Vaccination in the Punjab 1905-1918 - 1905-1918
Year: 1905
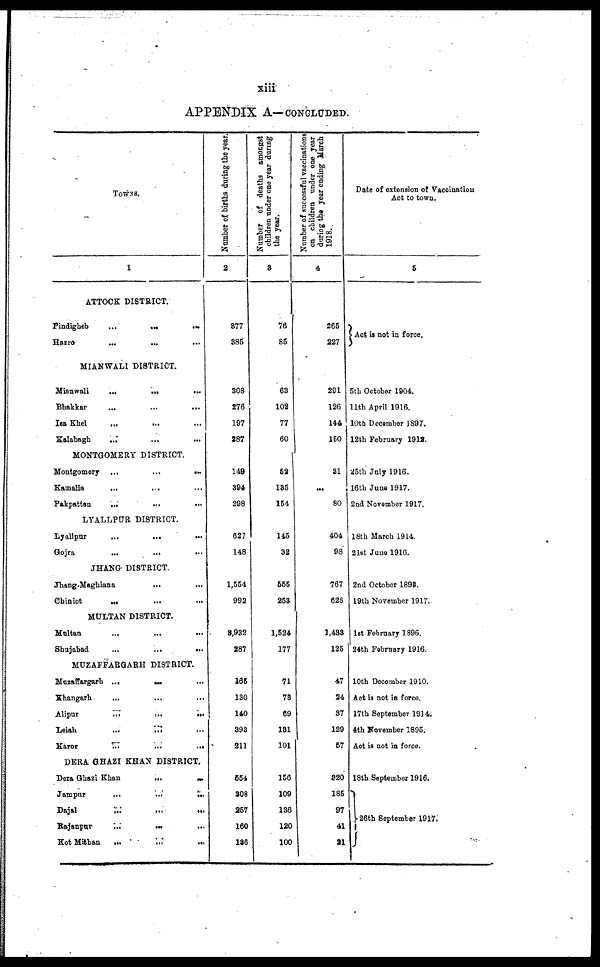
xiii
APPENDIX A—CONCLUDED.
TOWNS.
1
ATTOCK DISTRICT.
Pindigheb
...
...
...
...
Hazro
... ... ... ...
MIANWALI DISTRICT.
Mianwali
... ... ... ...
Bhakkar
...
...
...
...
Isa Khel ... ... ... ...
Kalabagh ... ... ... ...
MONTGOMERY DISTRICT.
Montgomery ... ... ...
Kamalia ... ... ...
Pakpattan ... ... ...
LYALLPUR DISTRICT.
Lyallpur
...
...
...
Gojra ... ... ...
JHANG DISTRICT.
Jhang-Maghiana ... ...
Chiniot
...
...
...
MULTAN DISTRICT.
Multan ... ... ...
Shujabad
...
...
...
MUZAFFARGARH DISTRICT.
Muzaffargarh
...
...
...
Khangarh ... ... ...
Alipur
...
...
...
Leiah
...
...
...
Karor
...
...
...
DERA GHAZI KHAN DISTRICT.
Dera Ghazi Khan
...
...
Jampur
...
...
...
Dajal
...
...
...
Rajanpur
...
...
...
Kot Mithan
...
...
...
Number of births during the year.
2
377
385
308
276
197
287
149
394
298
627
148
1,554
992
3,932
287
165
130
140
393
211
554
308
257
160
186
Number of deaths amongst
children under one year during
the year.
3
76
85
63
102
77
60
52
135
154
145
32
555
253
1,524
177
71
73
69
131
101
156
109
136
120
100
Number of successful vaccinations
on children under one year
during the year ending March
1918.
4
265
227
291
126
144
150
31
...
80
404
98
767
628
1,433
125
47
24
37
129
57
320
185
97
41
21
Date of extension of Vaccination
Act to town.
5
Act is not in force.
5th October 1904.
11th April 1916.
10th December 1897.
12th February 1912.
25th July 1916.
16th June 1917.
2nd November 1917.
18th March 1914.
21st June 1916.
2nd October 1893.
19th November 1917.
1st February 1896.
24th February 1916.
10th December 1910.
Act is not in force.
17th September 1914.
4th November 1895.
Act is not in force.
18th September 1916.
26th September 1917.